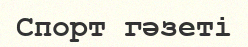
Спорт гәзеті